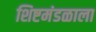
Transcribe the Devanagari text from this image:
शिष्टमंडळाला